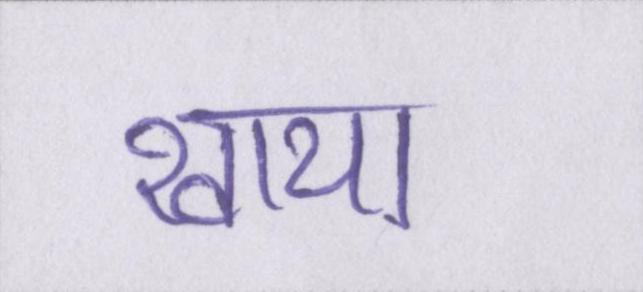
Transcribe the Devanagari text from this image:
खाया